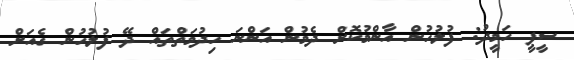
ސީޕީ ހަމީދު: ފުލުހުން އާންމުކޮށް ދެމުން އަންނަ ހިދުމަތްތައް ދޭ ފުލުހުން ގެއަށް